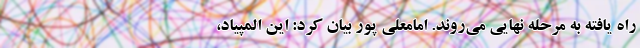
راه یافته به مرحله نهایی می‌روند. امامعلی پور بیان کرد: این المپیاد،